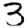
Digit: 3